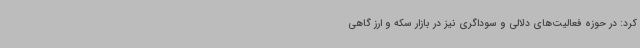
کرد: در حوزه فعالیت‌های دلالی و سوداگری نیز در بازار سکه و ارز گاهی